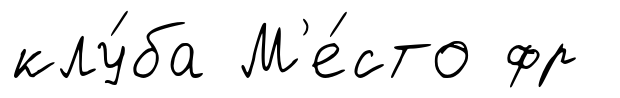
клу́ба М'е́сто фр